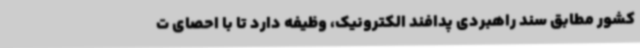
کشور مطابق سند راهبردی پدافند الکترونیک، وظیفه دارد تا با احصای ت